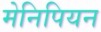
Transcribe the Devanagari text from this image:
मेनिपियन